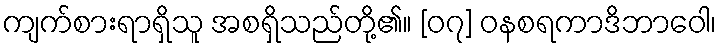
ကျက်စားရာရှိသူ အစရှိသည်တို့၏။ [၀၇] ဝနစရကာဒိဘာဝေါ၊